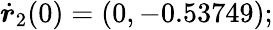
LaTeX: \dot{\boldsymbol{r}}_{2}(0)=(0,-0.53749);